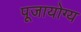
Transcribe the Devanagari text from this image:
पूजायोग्य